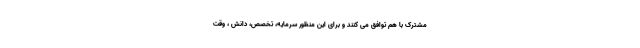
مشترک با هم توافق می کنند و برای این منظور سرمایه، تخصص، دانش ، وقت